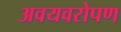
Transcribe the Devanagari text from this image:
अवयवरोपण